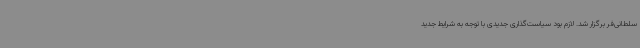
سلطانی‌فر برگزار شد. لازم بود سیاست‌گذاری جدیدی با توجه به شرایط جدید